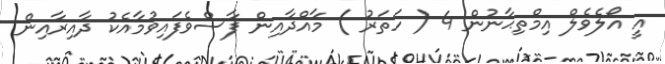
އީ އޯލެވެލް އިމްތިޙާނުން 4 ( ހަތަރު ) މާއްދާއިން ފާސްވެފައިވުމާއެކު ދާއިރާއިން